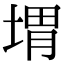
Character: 㙕